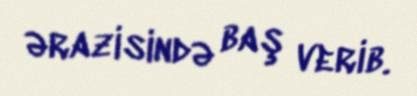
ərazisində baş verib.